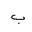
Letter: _ba